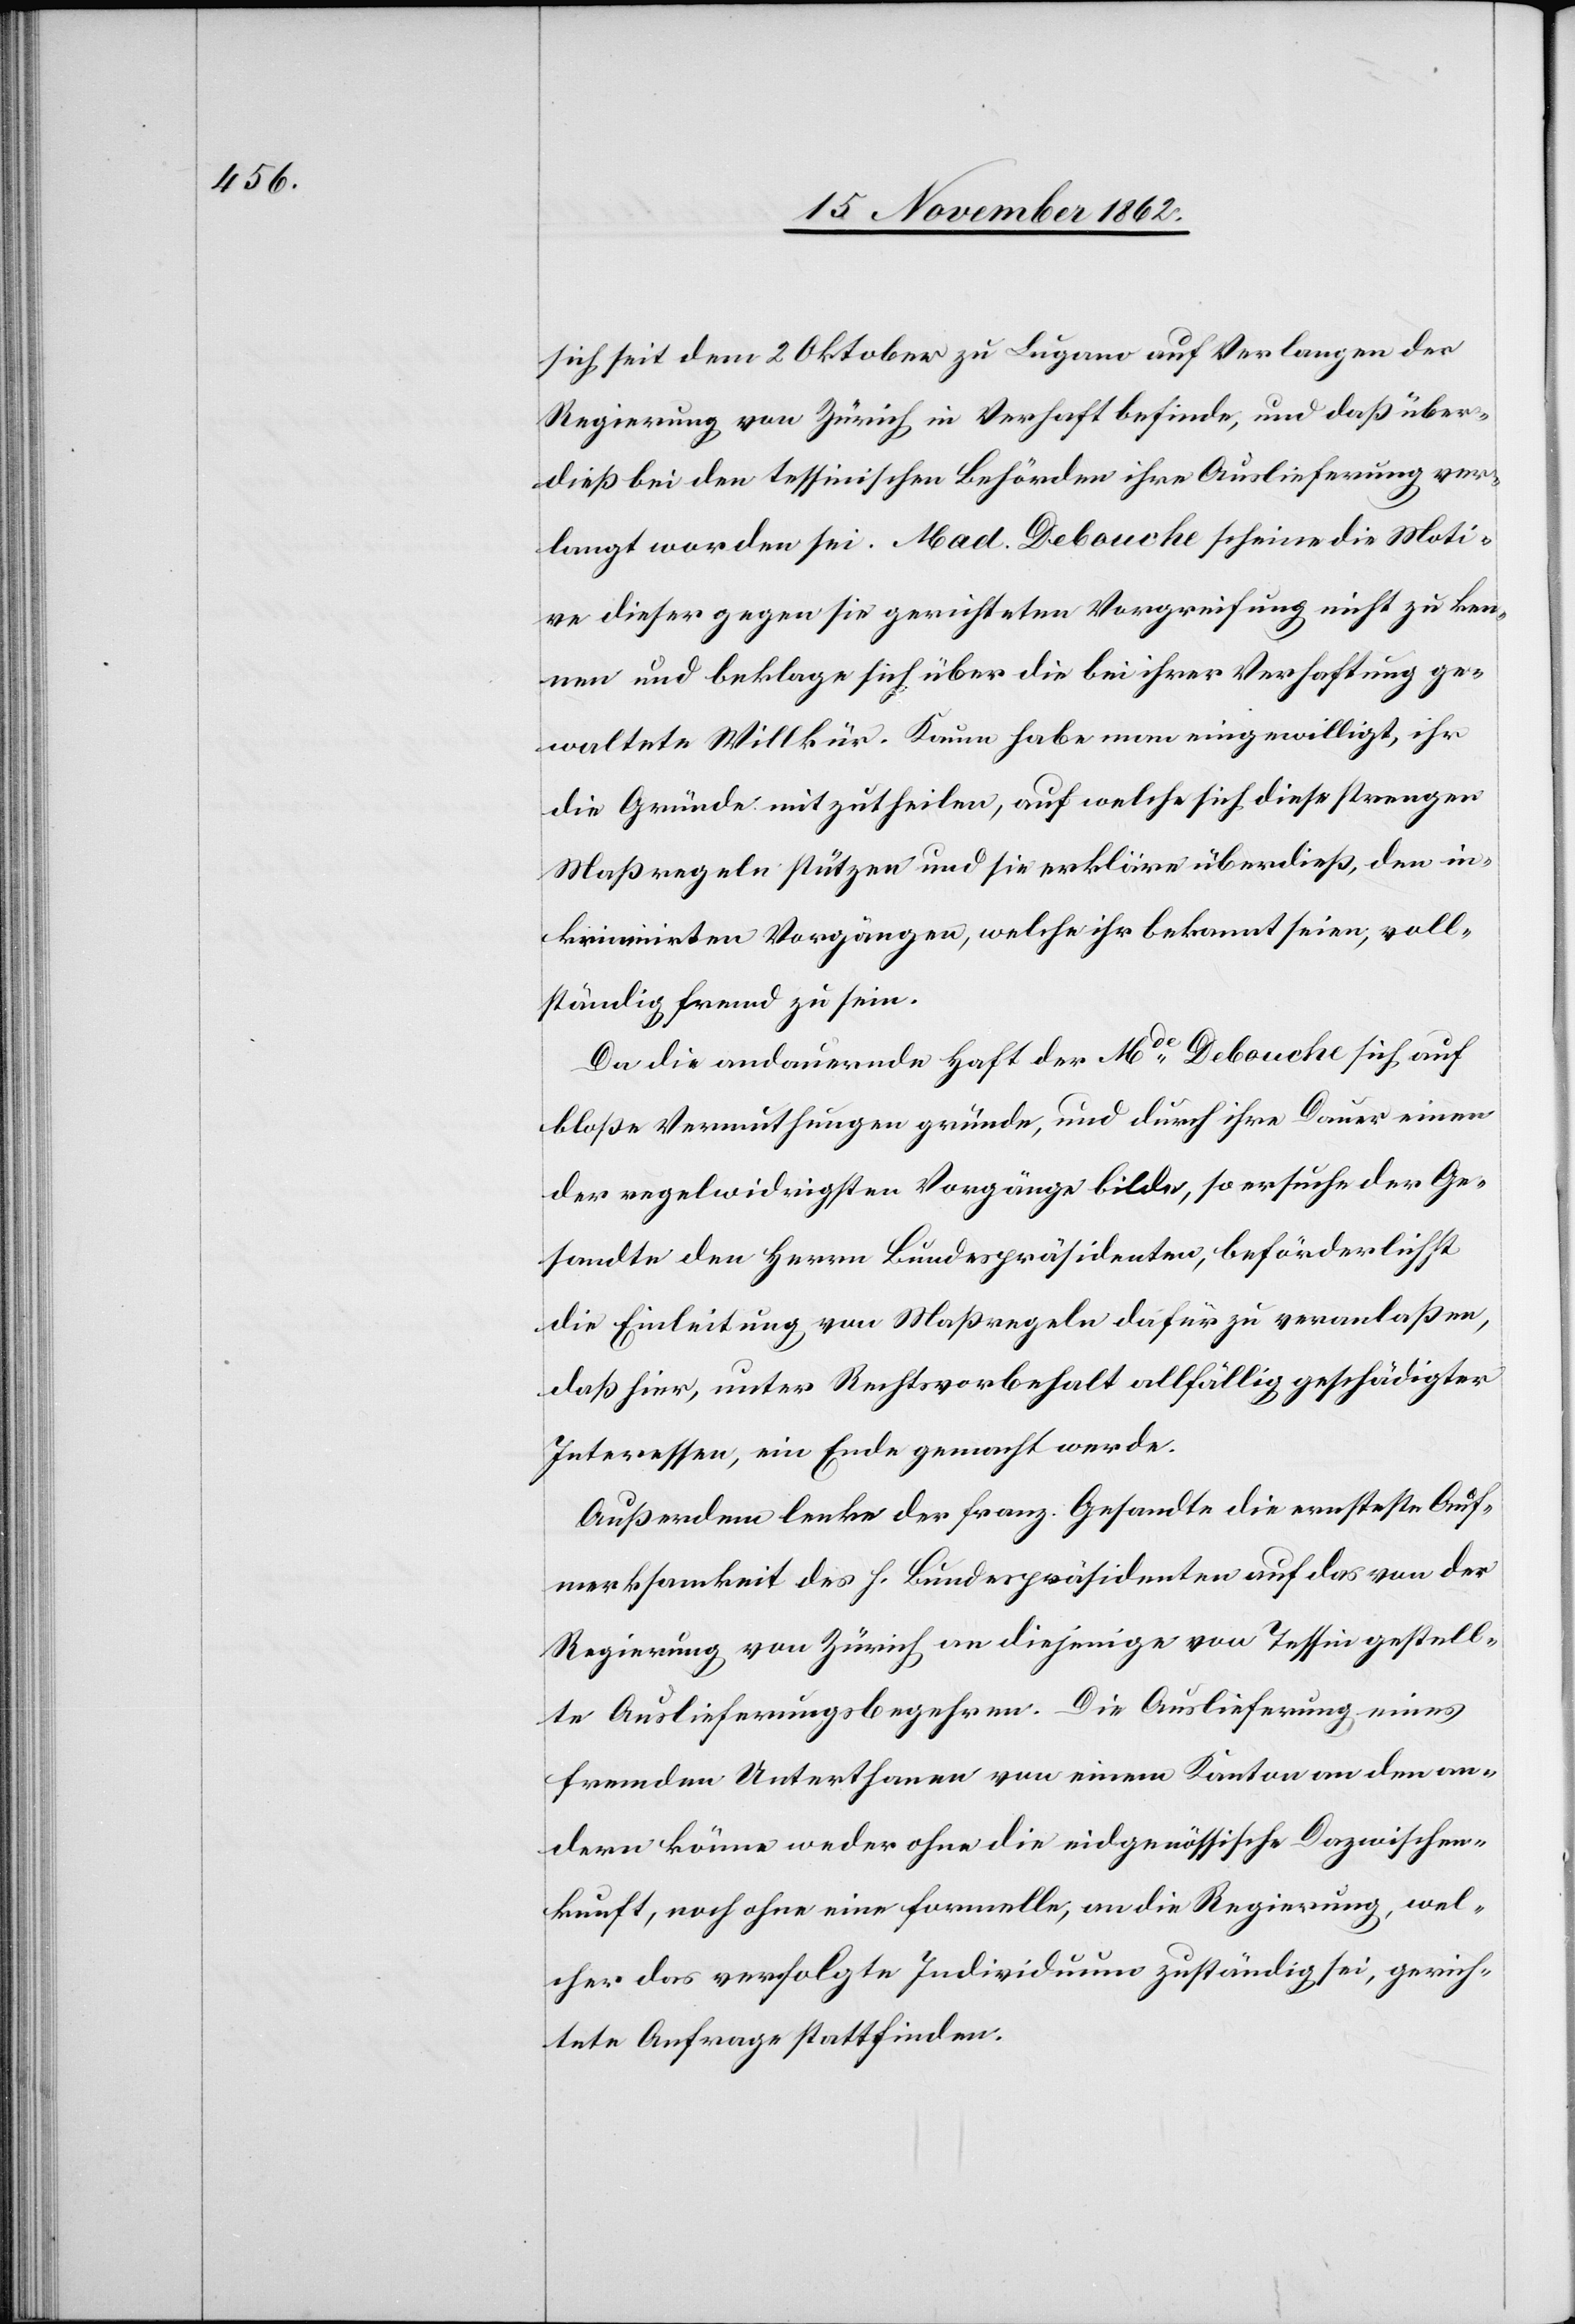
sich seit dem 2. Oktober zu Lugano auf Verlangen der
Regierung von Zürich in Verhaft befinde, und daß über¬
dieß bei den tessinischen Behörden ihre Auslieferung ver¬
langt worden sei. Mad. Debouche scheine die Moti¬
ve dieser gegen sie gerichteten Vergreifung nicht zu ken¬
nen und beklage sich über die bei ihrer Verhaftung ge¬
waltete Willkür. Kaum habe man eingewilligt, ihr
die Gründe mitzutheilen, auf welche sich diese strengen
Maßregeln stützen und sie erkläre überdieß, den in¬
kriminirten Vorgängen, welche ihr bekannt seien, voll¬
ständig fremd zu sein.
Da die andauernde Haft der Mde Debouche sich auf
bloße Vermuthungen gründe, und durch ihre Dauer einen
der regelwidrigsten Vorgänge bilde, so ersuche der Ge¬
sandte den Herrn Bundespräsidenten, beförderlichst
die Einleitung von Maßregeln dafür zu veranlaßen,
daß hier, unter Rechtsvorbehalt allfällig geschädigter
Interessen, ein Ende gemacht werde.
Außerdem lenke der franz. Gesandte die ernsteste Auf¬
merksamkeit des h. Bundespräsidenten auf das von der
Regierung von Zürich an diejenige von Tessin gestell¬
ten Auslieferungsbegehren. Die Auslieferung eines
fremden Unterthanen von einem Kanton an den an¬
dern könne weder ohne die eidgenössische Dazwischen¬
kunft, noch ohne eine formelle, an die Regierung, wel¬
cher das verfolgte Individuum zuständig sei, gerich¬
tete Anfrage stattfinden.